Annual administration report of the Civil Veterinary Department, Sind - 1938-1939
Year: 1938
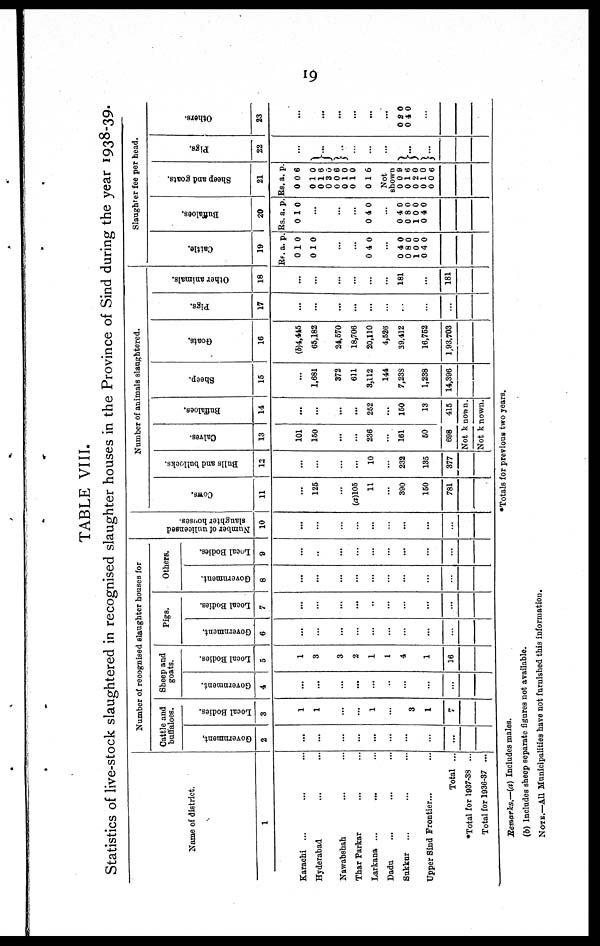
19
TABLE VIII.
Statistics of live-stock slaughtered in recognised slaughter houses in the Province of Sind during the year 1938-39.
Name of district.
1
Karachi ... ... ...
Hyderabad ... ...
Nawabshah ... ...
Thar Parkar ... ...
Larkana ... ... ...
Dadu ... ... ...
Sukkur ... ... ...
Upper Sind Frontier... ...
Total ...
*Total for 1937-38 ...
Total for 1936-37 ...
Number of recognised slaughter houses for
Cattle and
buffaloes.
Government.
2
...
...
...
...
...
...
...
...
...
Local Bodies.
3
1
1
...
...
1
...
3
1
7
Sheep and
goats.
Government.
4
...
...
...
...
...
...
...
...
...
Local Bodies.
5
1
3
3
2
1
1
4
1
16
Pigs.
Government.
6
...
...
...
...
...
...
...
...
...
Local Bodies.
7
...
...
...
...
...
...
...
...
...
Others.
Government.
8
...
...
...
...
...
...
...
...
Local Bodies.
9
...
..
...
...
...
...
...
...
...
Nu mb e r of unlicensed
slaughter hos es .
10
...
...
...
...
...
...
...
...
...
Number of animals slaughtered.
COWS .
11
...
125
...
(a)105
11
...
390
150
781
Bulls and bullocks.
12
...
...
...
...
10
...
232
135
377
Cal ves .
13
101
150
...
...
236
...
161
50
698
Buffaloes.
14
...
...
...
...
252
...
150
13
415
Not known
Not known
Sheep.
15
...
1,681
372
611
3,112
144
7,238
1,238
14,396
Goat s.
16
(b)4,445
65,182
24,570
18,706
20,110
4,526
39,412
16,752
1,93,703
Pigs.
17
...
...
...
...
...
...
...
...
...
Other animals.
18
...
...
...
...
...
...
181
...
181
Slaughter fee per head.
Cat t l e.
19
Rs.
0
0
a.
1
1
p.
0
0
...
...
0 4 0
...
0
0
1
0
4
8
0
4
0
0
0
0
Buffaloes.
20
Rs.
0
a.
1
p.
0
...
...
...
0 4 0
...
0
0
1
0
4
8
0
4
0
0
0
0
Sheep and goats.
21
Rs.
0
0
0
0
0
0
0
0
a.
0
1
1
3
0
1
1
1
p.
6
0
6
0
6
0
0
6
Not
shown
0
0
0
0
0
0
1
2
1
0
9
6
0
0
6
Pi gs.
22
...
...
..
...
...
...
...
...
Ot her s .
23
...
...
...
...
...
...
0
0
2
4
0
0
...
*Totals for previous two years.
Remarks.—(a) Includes males.
(b) Includes sheep separate figures not available.
NOTE.—All Municipalities have not furnished this information.